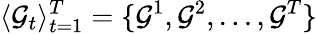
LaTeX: \langle\mathcal{G}_{t}\rangle_{t=1}^{T}=\{ \mathcal{G}^{1},\mathcal{G}^{2},...,\mathcal{G}^{T}\}